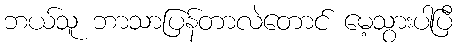
ဘယ်သူ ဘာသာပြန်တာလဲတောင် မေ့သွားပါပြီ